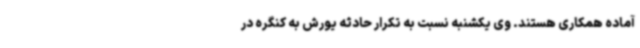
آماده همکاری هستند. وی یکشنبه نسبت به تکرار حادثه یورش به کنگره در